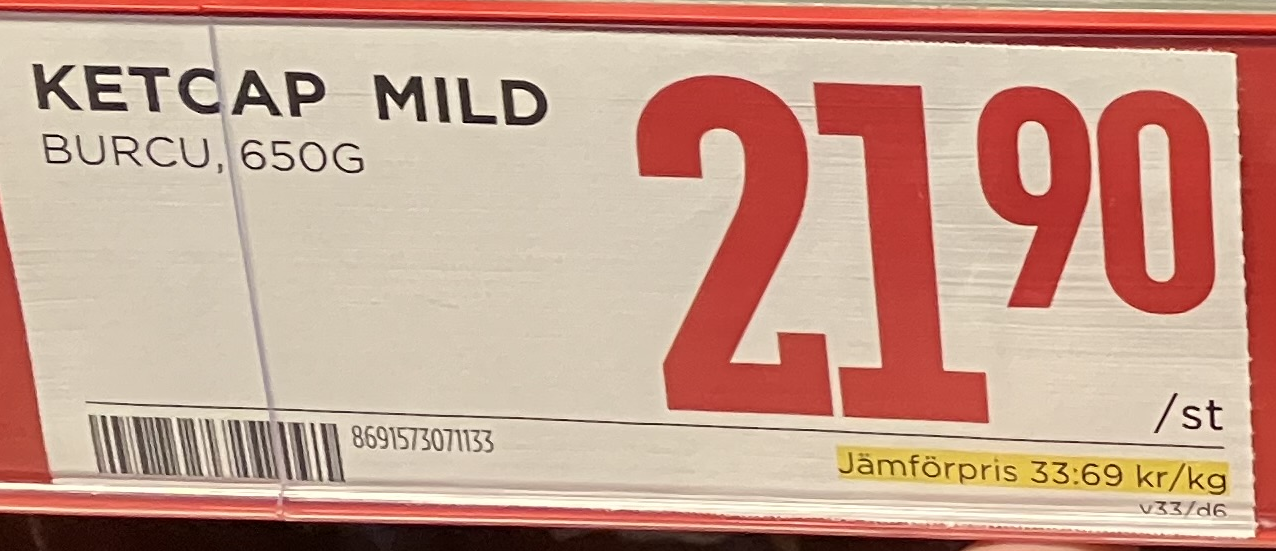
Vara: Ketcap Mild
Genomsnittspris: 33.69 per kg